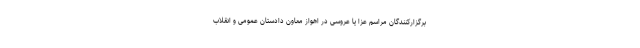
برگزارکنندگان مراسم عزا یا عروسی در اهواز معاون دادستان عمومی و انقلاب